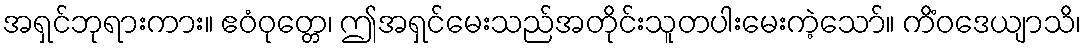
အရှင်ဘုရားကား။ ဧဝံဝုတ္တေ၊ ဤအရှင်မေးသည်အတိုင်းသူတပါးမေးကဲ့သော်။ ကိံဝဒေယျာသိ၊